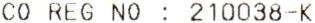
CO REG NO : 210038-K